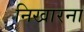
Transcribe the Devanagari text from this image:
निखारना